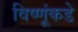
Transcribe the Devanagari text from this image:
विष्णूंकडे